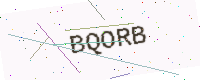
Text: BQORB